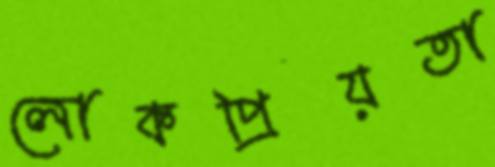
লোকপ্রিয়তা